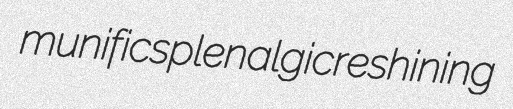
munific splenalgic reshining